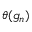
\theta ( g _ { n } )